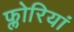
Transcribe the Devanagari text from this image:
फ्लोरियां